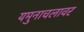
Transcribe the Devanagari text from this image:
यमुनाचलावर